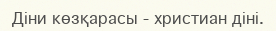
Діни көзқарасы - христиан діні.